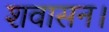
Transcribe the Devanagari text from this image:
शवासन।